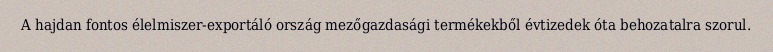
A hajdan fontos élelmiszer-exportáló ország mezőgazdasági termékekből évtizedek óta behozatalra szorul.